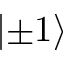
\left| \pm 1 \right\rangle